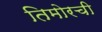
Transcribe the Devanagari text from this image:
तिमोरची